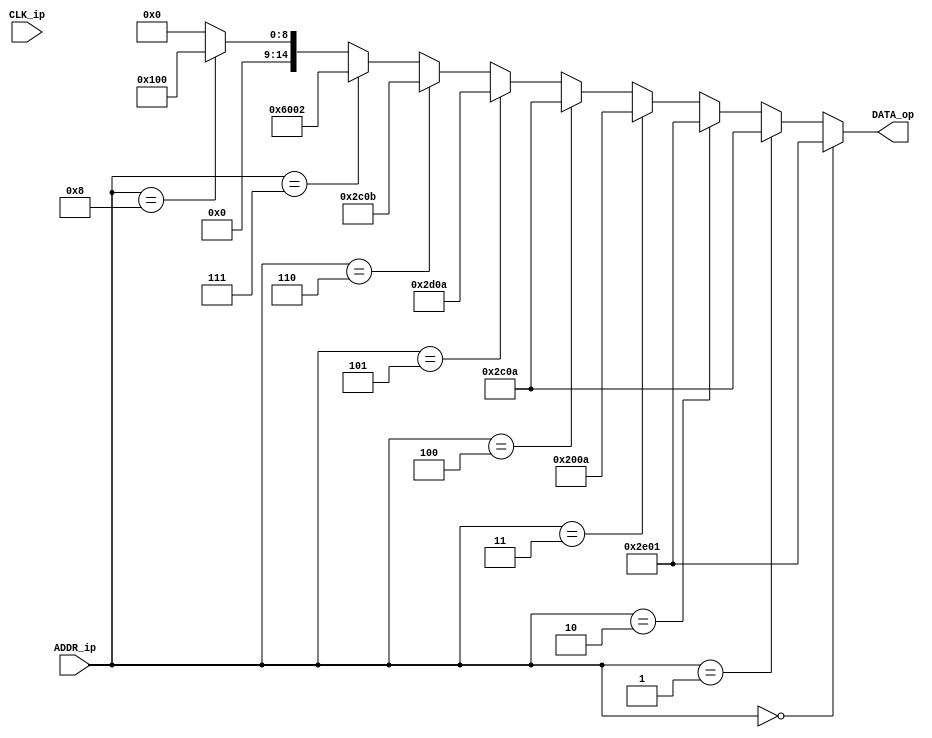
module prom (
    input CLK_ip,
    input [12:0] ADDR_ip,
    output [14:0] DATA_op);

    assign DATA_op = 
        ADDR_ip==13'd0 ? 15'b010111000000001: // 
        ADDR_ip==13'd1 ? 15'b010110000001010: // 
        ADDR_ip==13'd2 ? 15'b010111000000001: // 
        ADDR_ip==13'd3 ? 15'b010000000001010: // 
        ADDR_ip==13'd4 ? 15'b010110000001010: // 
        ADDR_ip==13'd5 ? 15'b010110100001010: // 
        ADDR_ip==13'd6 ? 15'b010110000001011: // 
        ADDR_ip==13'd7 ? 15'b110000000000010: // 
        ADDR_ip==13'd8 ? 15'b000000100000000: // 
                           15'b000000000000000;
endmodule